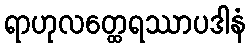
ရာဟုလတ္ထေရဿာပဒါနံ